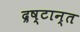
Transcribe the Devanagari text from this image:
द्रष्टान्त